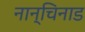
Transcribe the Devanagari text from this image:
नान्चिनाड